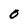
Character: 0